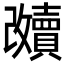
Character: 𲂶